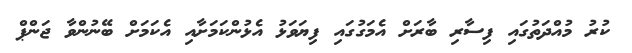
ކުރު މުއްދަތުގައި ފިސާރި ބާރަށް އެމަގުގައި ފިޔަވަޅު އެޅުންކަމަށާއި އެކަމަށް ބޭނުންވާ ޖަންޕް